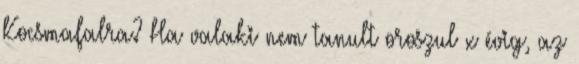
Kocsmafalra? Ha valaki nem tanult oroszul x évig, az